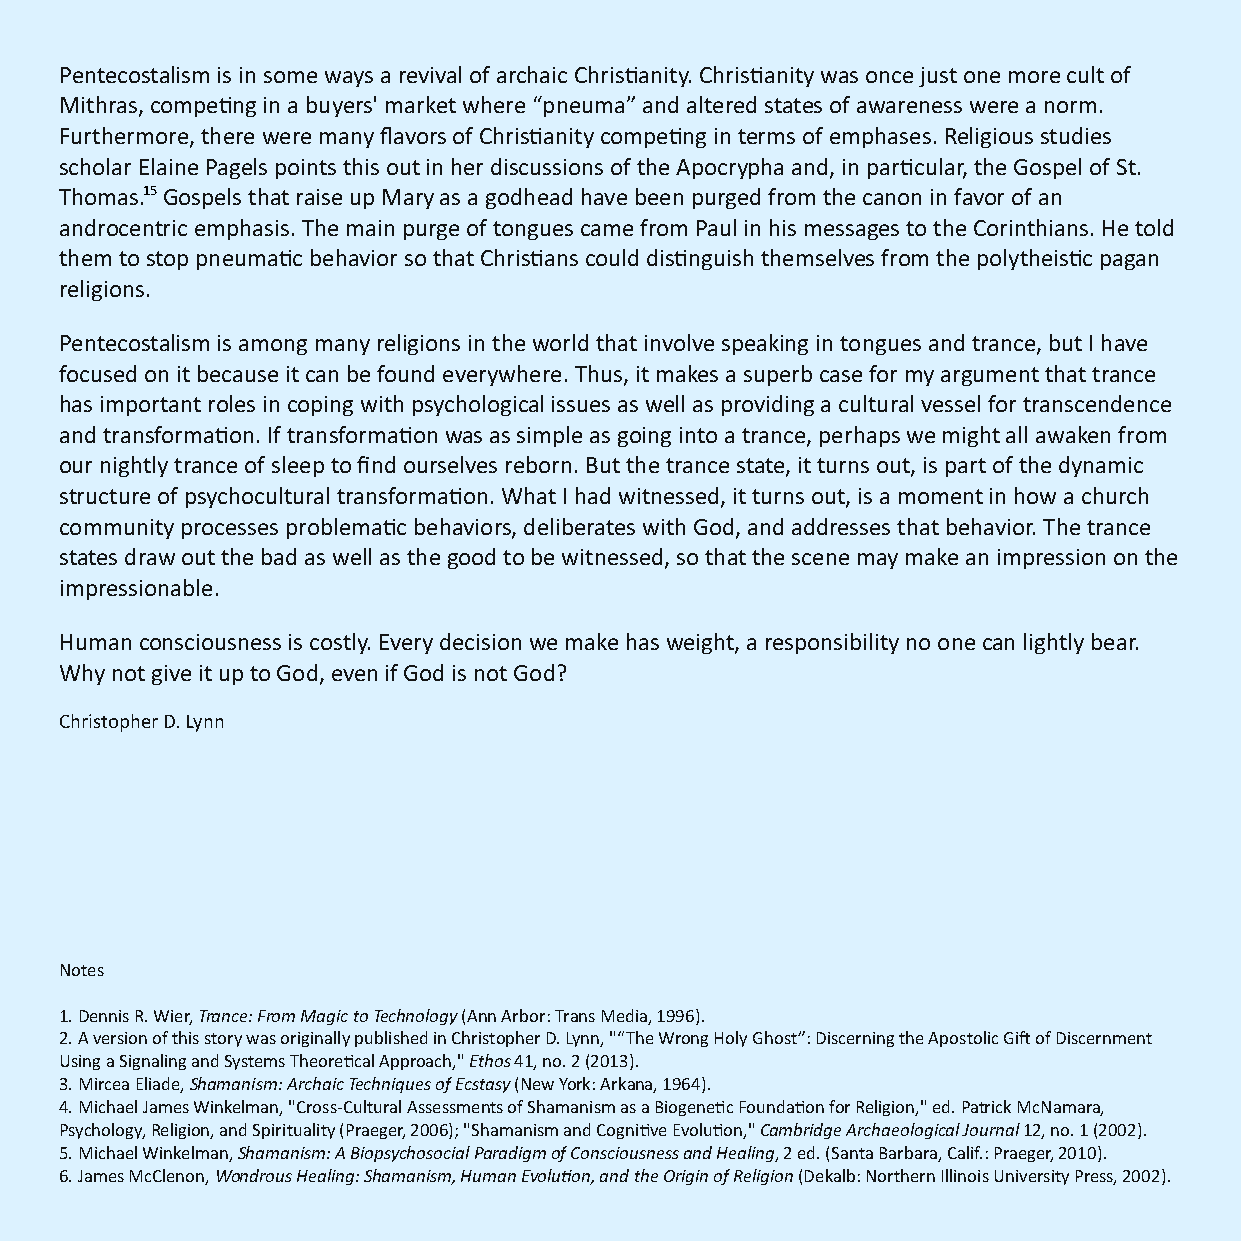
Pentecostalism is in some ways a revival of archaic Chrisanity. Chrisanity was once just one more cult of
 Mithras, compeng in a buyers' market where “pneuma” and altered states of awareness were a norm.
 Furthermore, there were many flavors of Chrisanity compeng in terms of emphases. Religious studies
 scholar Elaine Pagels points this out in her discussions of the Apocrypha and, in parcular, the Gospel of St.
 Thomas.1 5 Gospels that raise up Mary as a godhead have been purged from the canon in favor of an
 androcentric emphasis. The main purge of tongues came from Paul in his messages to the Corinthians. He told
 them to stop pneumac behavior so that Chrisans could disnguish themselves from the polytheisc pagan
 religions.
 Pentecostalism is among many religions in the world that involve speaking in tongues and trance, but I have
 focused on it because it can be found everywhere. Thus, it makes a superb case for my argument that trance
 has important roles in coping with psychological issues as well as providing a cultural vessel for transcendence
 and transformaon. If transformaon was as simple as going into a trance, perhaps we might all awaken from
 our nightly trance of sleep to find ourselves reborn. But the trance state, it turns out, is part of the dynamic
 structure of psychocultural transformaon. What I had witnessed, it turns out, is a moment in how a church
 community processes problemac behaviors, deliberates with God, and addresses that behavior. The trance
 states draw out the bad as well as the good to be witnessed, so that the scene may make an impression on the
 impressionable.
 Human consciousness is costly. Every decision we make has weight, a responsibility no one can lightly bear.
 Why not give it up to God, even if God is not God?
 Christopher D. Lynn
 Notes
 1. Dennis R. Wier, Trance: From Magic to Technology (Ann Arbor: Trans Media, 1996).
 2. A version of this story was originally published in Christopher D. Lynn, "“The Wrong Holy Ghost”: Discerning the Apostolic Gi of Discernment
 Using a Signaling and Systems Theorecal Approach," Ethos 41, no. 2 (2013).
 3. Mircea Eliade, Shamanism: Archaic Techniques of Ecstasy (New York: Arkana, 1964).
 4. Michael James Winkelman, "Cross-Cultural Assessments of Shamanism as a Biogenec Foundaon for Religion," ed. Patrick McNamara,
 Psychology, Religion, and Spirituality (Praeger, 2006); "Shamanism and Cognive Evoluon," Cambridge Archaeological Journal 12, no. 1 (2002).
 5. Michael Winkelman, Shamanism: A Biopsychosocial Paradigm of Consciousness and Healing, 2 ed. (Santa Barbara, Calif.: Praeger, 2010).
 6. James McClenon, Wondrous Healing: Shamanism, Human Evoluon, and the Origin of Religion (Dekalb: Northern Illinois University Press, 2002).